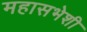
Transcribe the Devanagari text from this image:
महासभेशी